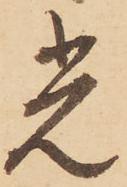
光